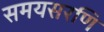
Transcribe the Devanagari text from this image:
समयसरणि